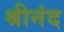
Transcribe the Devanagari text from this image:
श्रीनंद